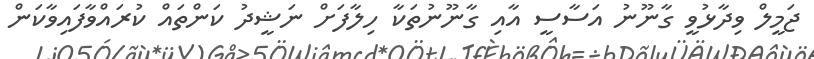
ޖަމީލް ވިދާޅުވީ ގާނޫނު އަސާސީ އާއި ގާނޫނުތަކާ ހިލާފަށް ނަޝީދު ކަންތައް ކުރައްވާފައިވާކަން